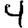
Digit: 4